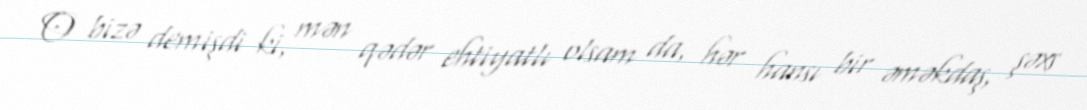
O bizə demişdi ki, mən qədər ehtiyatlı olsam da, hər hansı bir əməkdaş, şəxs